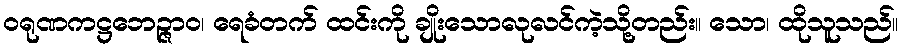
ဝရုဏကဋ္ဌဘေဉ္ဇာဝ၊ ရေခံတက် ထင်းကို ချိုးသောလုလင်ကဲ့သို့တည်း။ သော၊ ထိုသူသည်။